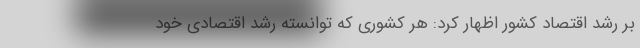
بر رشد اقتصاد کشور اظهار کرد: هر کشوری که توانسته رشد اقتصادی خود